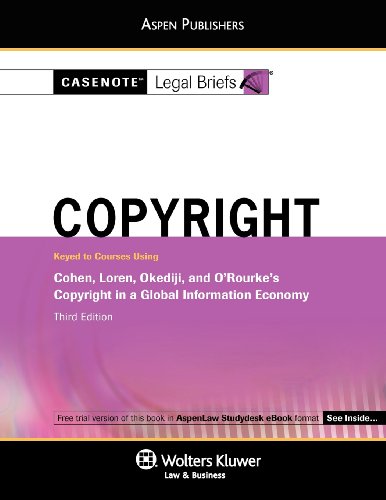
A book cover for Copyright Law: Cohen Loren Okediji & Orourke (Casenote Legal Briefs); Casenotes; Law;